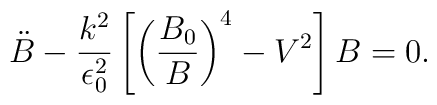
\ddot B - \frac{k^2}{\epsilon_{0}^2}\left[   \left(\frac{B_0}{B}\right)^4 - V^2 \right] B = 0.